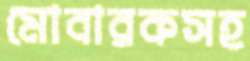
মোবারকসহ